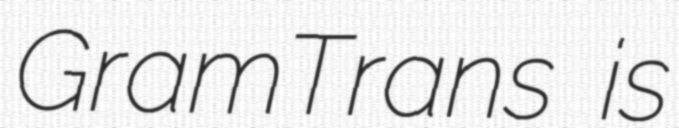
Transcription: GramTrans is